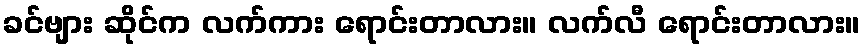
ခင်ဗျား ဆိုင်က လက်ကား ရောင်းတာလား။ လက်လီ ရောင်းတာလား။